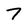
Character: 7